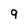
Character: 9